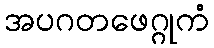
အပဂတဖေဂ္ဂုကံ